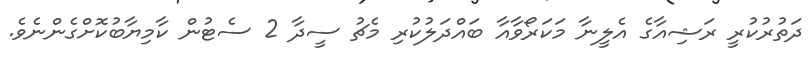
ދަތުރުކުރީ ރަޝިއާގެ އެލީނާ މަކަރޯވާއާ ބައްދަލުކުރި މެޗު ސީދާ 2 ސެޓުން ކާމިޔާބުކޮށްގެންނެވެ.